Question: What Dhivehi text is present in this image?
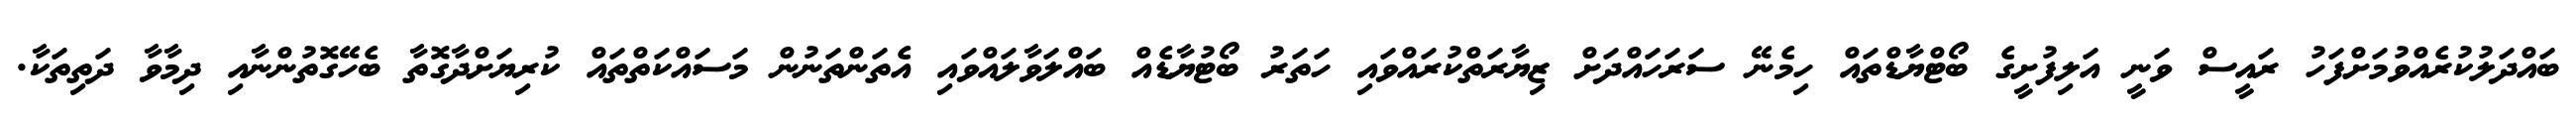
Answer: ބައްދަލުކުރެއްވުމަށްފަހު ރައީސް ވަނީ އަލިފުށީގެ ބޯޓްޔާޑްތައް ހިމެނޭ ސަރަހައްދަށް ޒިޔާރަތްކުރައްވައި ހަތަރު ބޯޓުޔާޑެއް ބައްލަވާލައްވައި އެތަންތަނުން މަސައްކަތްތައް ކުރިޔަށްދާގޮތާ ބެހޭގޮތުންނާއި ދިމާވާ ދަތިތަކާ.